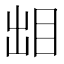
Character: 𰥜